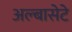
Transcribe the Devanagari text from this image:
अल्बासेटे